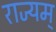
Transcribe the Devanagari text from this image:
राज्यम्